Leaving Certificate Examination (including Day School Certificate (Higher) General paper), 1930
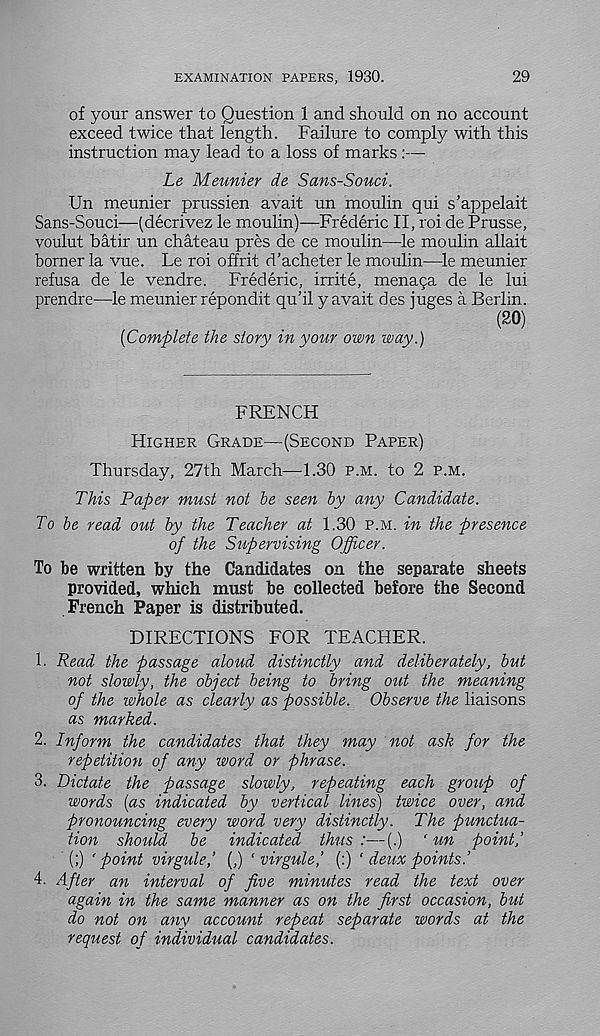
EXAMINATION PAPERS, 1930.
29
of your answer to Question 1 and should on no account
exceed twice that length. Failure to comply with this
instruction may lead to a loss of marks:—
Le Meunier de Sans-Souci.
Un meunier prussien avait un moulin qui s’appelait
Sans-Souci—(decrivez le moulin)—Frederic II, roi de Prusse,
voulut batir un chateau pres de ce moulin—le moulin allait
borner la vue. Le roi offrit d’acheter le moulin—le meunier
refusa de le vendre. Frederic, irrite, menaga de le lui
prendre—le meunier repondit qu’il y avait des juges a Berlin.
(20)
[Complete the story in your own way.)
FRENCH
Higher Grade—(Second Paper)
Thursday, 27th March—1.30 p.m. to 2 p.m.
This Paper must not be seen by any Candidate.
To be read out by the Teacher at 1.30 p.m. in the presence
of the Supervising Officer.
To be written by the Candidates on the separate sheets
provided, which must be collected before the Second
French Paper is distributed.
DIRECTIONS FOR TEACHER.
1. Read the passage aloud distinctly and deliberately, but
not slowly, the object being to bring out the meaning
of the whole as clearly as possible. Observe the liaisons
as marked.
2. Inform the candidates that they may not ask for the
repetition of any word or phrase.
3. Dictate the passage slowly, repeating each group of
words [as indicated by vertical lines) twice over, and
pronouncing every word very distinctly. The punctua-
tion should be indicated thus:—(.) ‘ un point,’
(;) 'point virgule,’ (,) ‘ virgule,’ (:) ‘ deux points.’
4. After an interval of five minutes read the text over
again in the same manner as on the first occasion, but
do not on any account repeat separate words at the
request of individual candidates.